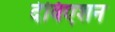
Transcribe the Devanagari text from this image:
देविएशन